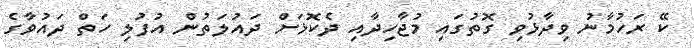
ކޭ ރަހުމާނު ވިދާޅުވި ގޮތުގައި މުޖާހިދާއި ދެކޮޅަށް ދައުލަތުން އުފުލި ހަތް ދައުވާގެ